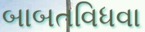
બાબતવિધવા